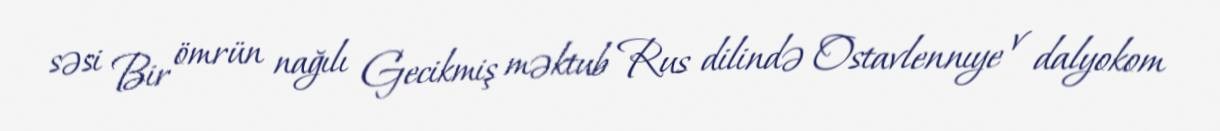
səsi Bir ömrün nağılı Gecikmiş məktub Rus dilində Ostavlennıye v dalyokom